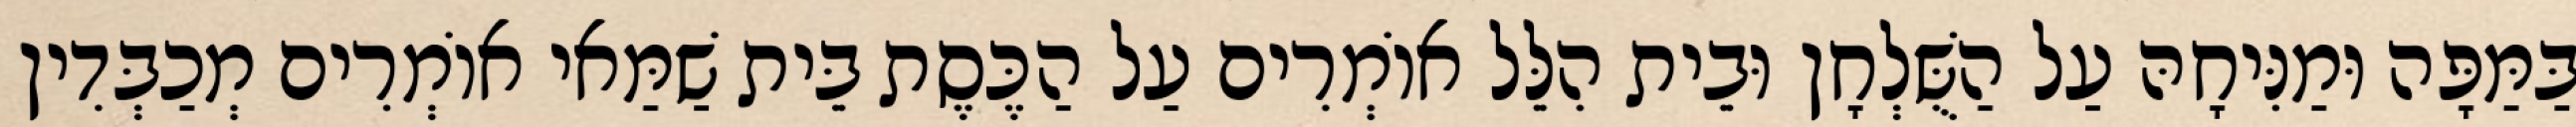
בַּמַּפָּה וּמַנִּיחָהּ עַל הַשֻּׁלְחָן וּבֵית הִלֵּל אוֹמְרִים עַל הַכֶּסֶת בֵּית שַׁמַּאי אוֹמְרִים מְכַבְּדִין